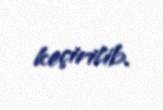
keçirilib.